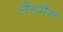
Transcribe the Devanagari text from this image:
लैंडमैन